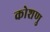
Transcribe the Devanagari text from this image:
कोशणु